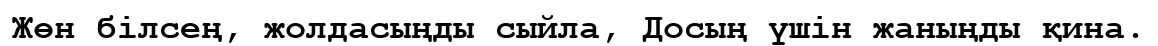
Жөн білсең, жолдасыңды сыйла, Досың үшін жаныңды қина.